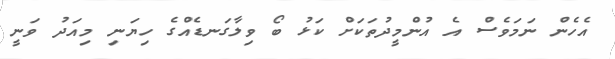
އެހެން ނަމަވެސް އެ އުންމީދުތަކަށް ކަޅު ބޯ ވިލާގަނޑެއްގެ ހިޔަނި މިއަދު ވަނީ